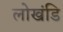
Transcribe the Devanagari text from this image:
लोखंडि